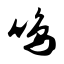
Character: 鸣